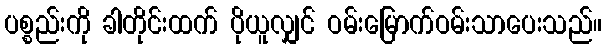
ပစ္စည်းကို ခါတိုင်းထက် ပိုယူလျှင် ဝမ်းမြောက်ဝမ်းသာပေးသည်။